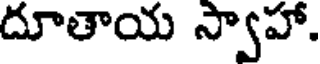
దూతాయ స్వాహా.